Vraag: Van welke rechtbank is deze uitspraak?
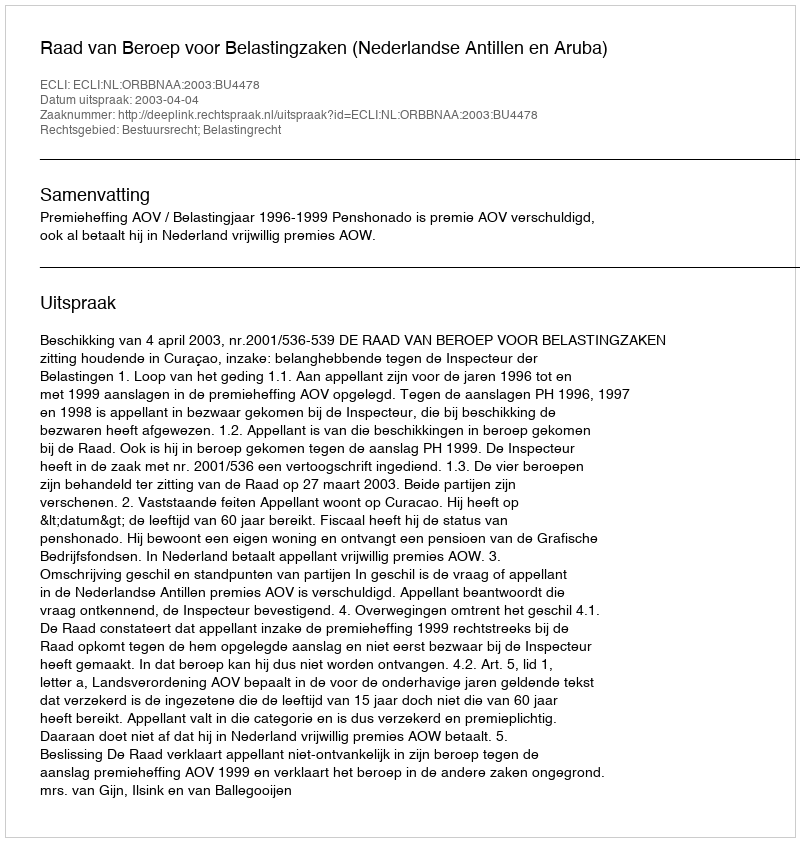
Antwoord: Raad van Beroep voor Belastingzaken (Nederlandse Antillen en Aruba)